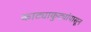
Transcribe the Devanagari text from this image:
काट्याकुट्यांपासून